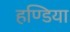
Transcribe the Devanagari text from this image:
हण्डिया